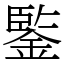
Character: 鍳